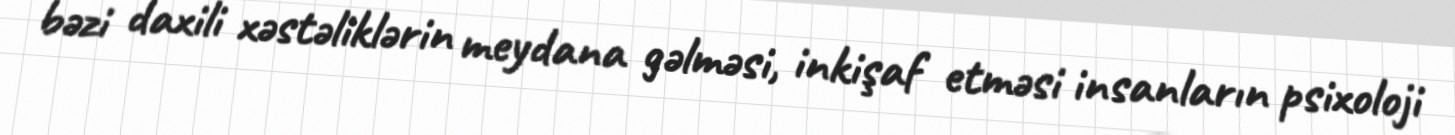
bəzi daxili xəstəliklərin meydana gəlməsi, inkişaf etməsi insanların psixoloji